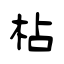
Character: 枮